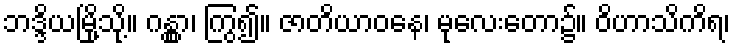
ဘဒ္ဒိယမြို့သို့။ ဂန္တွာ၊ ကြွ၍။ ဇာတိယာဝနေ၊ မုလေးတော၌။ ဝိဟာသိကိရ၊